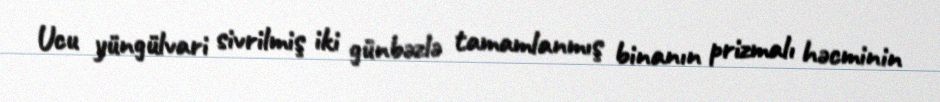
Ucu yüngülvari sivrilmiş iki günbəzlə tamamlanmış binanın prizmalı həcminin